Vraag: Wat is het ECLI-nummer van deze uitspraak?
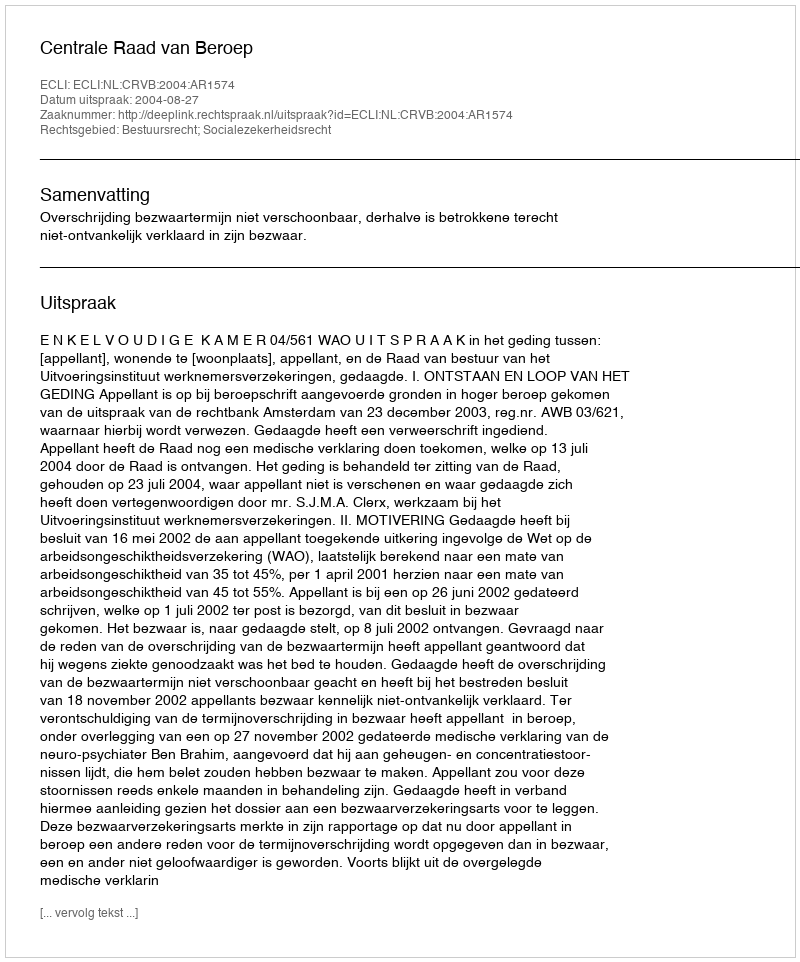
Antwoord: ECLI:NL:CRVB:2004:AR1574